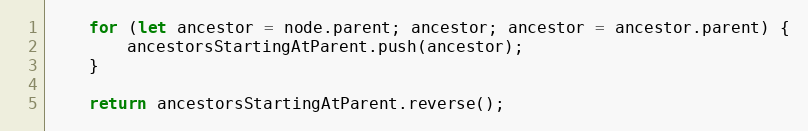
Language: JavaScript
    for (let ancestor = node.parent; ancestor; ancestor = ancestor.parent) {
        ancestorsStartingAtParent.push(ancestor);
    }

    return ancestorsStartingAtParent.reverse();